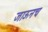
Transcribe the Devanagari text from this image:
जाऊनच